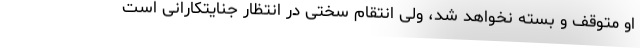
او متوقف و بسته نخواهد شد، ولی انتقام سختی در انتظار جنایتکارانی است